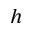
h